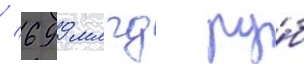
/ 699 млрд ру́б